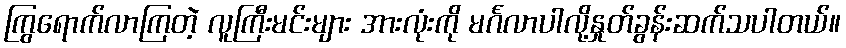
ကြွရောက်လာကြတဲ့ လူကြီးမင်းများ အားလုံးကို မင်္ဂလာပါလို့နှုတ်ခွန်းဆက်သပါတယ်။